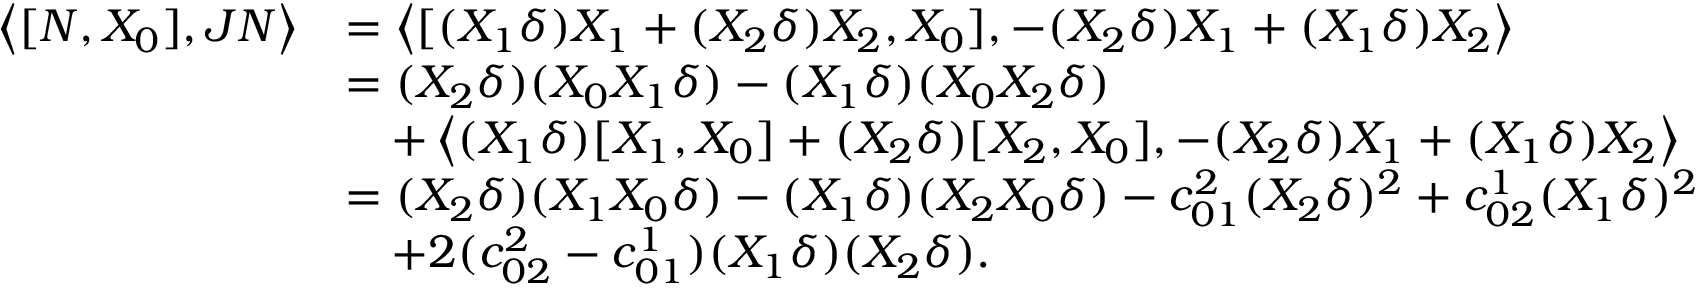
\begin{array} { r l } { \left\langle [ N , X _ { 0 } ] , J N \right\rangle } & { = \left\langle [ ( X _ { 1 } \delta ) X _ { 1 } + ( X _ { 2 } \delta ) X _ { 2 } , X _ { 0 } ] , - ( X _ { 2 } \delta ) X _ { 1 } + ( X _ { 1 } \delta ) X _ { 2 } \right\rangle } \\ & { = ( X _ { 2 } \delta ) ( X _ { 0 } X _ { 1 } \delta ) - ( X _ { 1 } \delta ) ( X _ { 0 } X _ { 2 } \delta ) } \\ & { \quad + \left\langle ( X _ { 1 } \delta ) [ X _ { 1 } , X _ { 0 } ] + ( X _ { 2 } \delta ) [ X _ { 2 } , X _ { 0 } ] , - ( X _ { 2 } \delta ) X _ { 1 } + ( X _ { 1 } \delta ) X _ { 2 } \right\rangle } \\ & { = ( X _ { 2 } \delta ) ( X _ { 1 } X _ { 0 } \delta ) - ( X _ { 1 } \delta ) ( X _ { 2 } X _ { 0 } \delta ) - c _ { 0 1 } ^ { 2 } ( X _ { 2 } \delta ) ^ { 2 } + c _ { 0 2 } ^ { 1 } ( X _ { 1 } \delta ) ^ { 2 } } \\ & { \quad + 2 ( c _ { 0 2 } ^ { 2 } - c _ { 0 1 } ^ { 1 } ) ( X _ { 1 } \delta ) ( X _ { 2 } \delta ) . } \end{array}